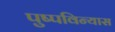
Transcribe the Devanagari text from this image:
पुष्पविन्यास